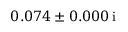
\hphantom { - } 0 . 0 7 4 \pm 0 . 0 0 0 \, \mathrm { i }